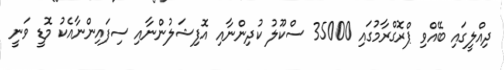
ދިއްލީގައި ބޭއްވި ޕްރޮގްރާމުގައި 35000 ސްކޫލު ކުދިންނާއި އޮފިޝަލުންނާއި ސިފައިންނާއެކު މޮޑީ ވަނީ